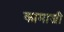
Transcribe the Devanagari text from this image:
कामाजी